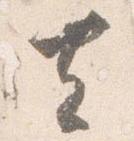
去